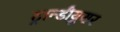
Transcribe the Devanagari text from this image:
ट्रान्डीयुसर